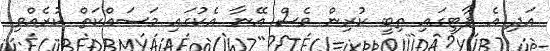
އަދި އެ ޕާޓީގައި ތިބީ ކުރިން ވެސް އޭނާ އެކުގައި މަސައްކަތް ކުރެއްވި